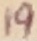
Text: 19